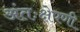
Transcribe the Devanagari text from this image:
अंतःक्षेपणी